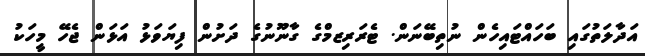
އަދާލަތުގައި ބަހައްޓައިހެން ނުތިބޭނަން. ޓެރަރިޒމްގެ ގާނޫނުގެ ދަށުން ފިޔަވަޅު އަޅަން ޖެހޭ މީހަކު